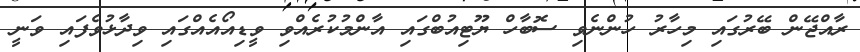
ރާއްޖޭން ބޭރުގައި މިހާރު ހުންނެވި ސޮބާހް ޔޫޓިއުބްގައި އާންމުކުރެއްވި ވީޑިއޯއެއްގައި ވިދާޅުވެފައި ވަނީ